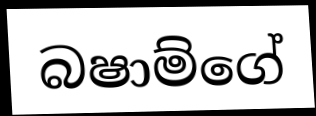
බෂාම්ගේ